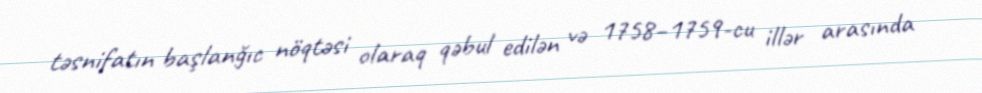
təsnifatın başlanğıc nöqtəsi olaraq qəbul edilən və 1758–1759-cu illər arasında